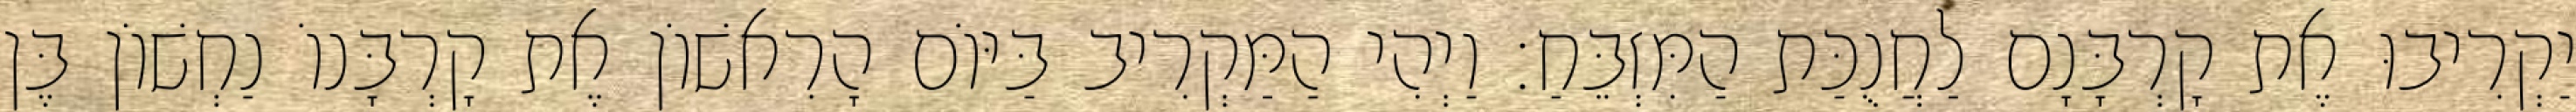
יַקְרִיבוּ אֶת קָרְבָּנָם לַחֲנֻכַּת הַמִּזְבֵּחַ׃ וַיְהִי הַמַּקְרִיב בַּיּוֹם הָרִאשׁוֹן אֶת קָרְבָּנוֹ נַחְשׁוֹן בֶּן